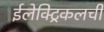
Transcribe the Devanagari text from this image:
ईलेक्ट्रिकलची